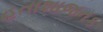
હતાશાજનક